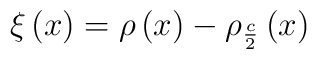
\xi \left( x\right) =\rho \left( x\right) -\rho _{\frac {c}{2}}\left(x\right)